Calcutta medical institutions reports 1879-81 [i.e.91]
Year: 1879
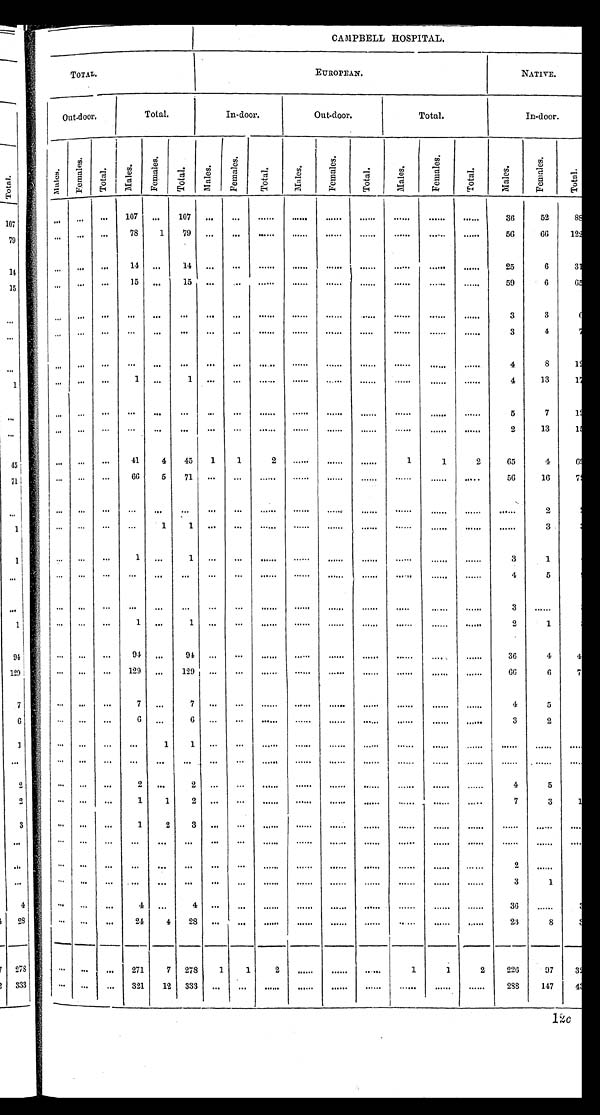
CAMPBELL HOSPITAL.
TOTAL.
EUROPEAN.
NATIVE.
Out-door.
Total.
In-door.
Out-door.
Total.
In-door.
M a l e s . F e m a l e s .
T o t a l .
M a l e s .
F e m a l e s .
T o t a l .
M a l e s .
F e m a l e s .
T o t a l .
M a l e s .
F e m a l e s .
T o t a l .
M a l e s .
F e m a l e s .
T o t a l .
M a l e s .
. . .
. . .
. . .
107
. . .
107 ...
. . . . . .
. . .
. . .
. . .
. . .
. . .
. . .
36
52
. . .
... ...
78
1 79
. . .
. . .
. . .
. . .
. . .
. . .
. . .
. . .
. . .
56
66 122
. . .
. . .
. . .
14 ...
14
. . .
. . .
. . .
. . .
. . .
. . .
. . .
. . .
. . .
25
6
31
. . .
. . .
. . .
15
. . .
15
. . .
. . .
...
. . .
. . .
. . .
. . .
. . . . . .
59
6
65
. . .
. . .
. . .
. . .
. . . . . .
. . .
. . .
. . .
. . .
. . .
. . .
. . .
. . .
. . .
3
3
... ... ...
. . .
. . .
... ... ...
. . .
. . .
. . .
. . .
. . .
. . .
. . .
3
4
. . .
. . .
. . .
. . .
...
. . .
. . .
. . .
. . .
. . .
. . .
. . .
. . .
. . .
. . .
4
8
... ... ...
1 ...
1 ... ...
...
. . .
. . .
. . .
. . .
. . .
. . .
4
13
17
. . .
. . .
. . .
. . .
. . .
. . .
. . .
. . . . . .
. . .
. . .
. . .
. . .
. . .
. . .
5
7
. . .
. . .
. . .
. . .
. . .
. . .
. . . . . .
. . .
. . .
. . .
. . .
. . .
. . .
. . .
2
13
. . .
. . .
. . .
41
4 45 1
1
2
. . .
. . .
. . .
1
1
2
65
4
62
... ... ...
66
5 71 ... ...
. . .
. . .
. . .
. . .
. . .
. . .
. . .
5 6
16
72
. . .
. . .
. . .
. . .
. . .
. . .
. . .
. . .
. . .
. . .
. . .
. . .
. . .
. . .
. . .
. . .
2
...
. . .
. . .
. . .
1
1 ... ... ...
. . .
. . .
. . .
. . .
. . .
. . .
. . .
3
... ... ...
1 ...
1 ... ...
. . .
. . .
. . .
. . .
. . .
. . .
. . .
3
1
... ...
. . .
. . .
. . .
. . .
. . .
. . . . . .
. . .
. . .
. . .
. . .
. . .
. . .
4
5
... ... ...
... ...
...
. . .
. . .
. . .
. . .
. . .
. . .
. . .
. . .
.
. . .
3
. . . .
. . .
. . .
. . .
1 ...
1 ...
...
. . .
. . .
. . .
. . .
. . .
. . .
. . .
2
1
... ... ...
94
. . .
94 ...
. . .
...
. . .
. . .
. . .
. . .
. . . . . .
36
4
4
... ... ... 129
. . .
129 ... ...
. . .
. . .
. . .
. . .
. . .
. . .
. . .
66
6
7
... ... ...
7 ...
7 ...
. . .
. . .
... ..
. . .
. . .
. . .
. . .
. . .
4
5
... ... ...
6
. . .
6 ... ... ...
. . .
... . ...
. . .
...
. . .
3
2
... ... ... ...
1
1
. . .
. . .
...
. . .
...
. . .
. . .
. . .
. . .
. . .
. . .
...
... ... ... ...
. . .
. . . . . .
. . .
. . .
. . .
...
. . .
. . .
. . . . . .
. . .
. . .
...
... ... ...
2 ...
2 ...
. . .
. . .
. . .
. . .
. . .
. . .
. . .
. . .
4
5
. . .
. . .
. . .
1
1
2
. . .
. . .
. . .
. . .
...
. . .
. . .
.
. . .
...
7
3
1
. . .
. . .
. . .
1
2
3
. . .
. . .
. . .
. . .
. . .
. . .
. . .
. . .
...
. . .
. . .
...
. . .
. . .
. . .
. . .
. . .
. . .
. . .
. . . . . .
. . .
...
. . .
. . .
. . .
. . .
. . .
. . .
...
... ... ...
. . .
. . .
. . .
. . .
. . .
. . . . . .
. . .
. . .
. . .
. . .
...
2
...
. . .
... ... ...
... ...
. . .
...
. . .
. . .
. . .
. . .
. . .
. . .
. . .
3
1
... ... ...
4
. . .
4
. . .
. . .
. . .
. . .
. . .
. . .
. . .
. . .
. . .
36
. . .
... ... ...
24
4
2 8
... ...
. . .
. . .
. . .
. . .
. . . . . .
. . .
23
8
... ... ...
2 7 1
7
278
1
1
2
. . .
. . .
. . .
1
1
2
226
97
32
. . .
. . .
... 321 12 333 ... ...
...
. . .
. . .
. . .
. . .
. . .
. . .
288
147
43
c